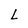
Character: L